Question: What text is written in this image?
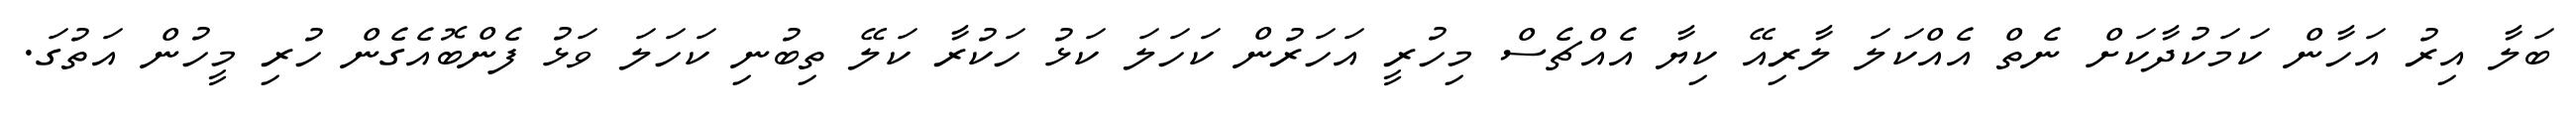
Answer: ބަލާ އިރު އަހާން ކަމަކުދާކަށް ނެތް އެއްކަލަ ލާރިއޭ ކިޔާ އެއްޗެސް މިހުރީ އަހަރުން ކަހަލަ ކަޅު ހަކުރާ ކަލޭ ތިބުނި ކަހަލަ ވަޅު ފެންބޮއެގެން ހުރި މީހުން އަތުގަ.